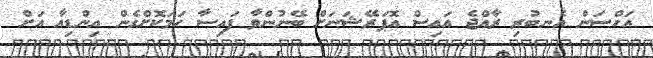
އަހްސަން އެނބުރި ރާއްޖެ އައިސް އޮޕަރޭޝަނަށް ބޭނުންވާ ފައިސާ ހަމަކޮށްގެން އިންޑިއާ އަށް